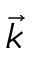
\vec { k }